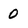
Character: 0